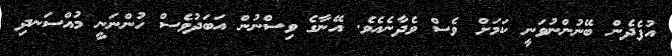
އުފެދެން ބޭނުންނުވަނީ ކަމަށް ވެސް ވެދާނެއެވެ. އޭނާގެ ވިސްނުން އަބަދުވެސް ހުންނަނީ މުއްސަނދި